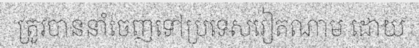
ត្រូវបាននាំចេញទៅប្រទេសវៀតណាម ដោយ